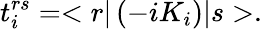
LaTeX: t_{i}^{rs}=<r|\left(-iK_{i}\right)|s>.